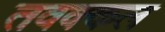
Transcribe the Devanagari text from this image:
तवक्कल